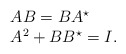
\begin{align*}\begin{array}{l}AB = B A^{\star} \\ A^{2} + B B^{\star} = I.\end{array}\end{align*}